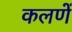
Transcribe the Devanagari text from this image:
कलणें